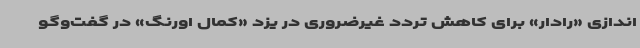
‌اندازی «رادار» برای کاهش تردد غیرضروری در یزد «کمال اورنگ» در گفت‌وگو